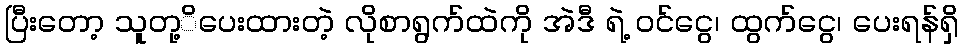
ပြီးတော့ သူတု့ိပေးထားတဲ့ လိုစာရွက်ထဲကို အဲဒီ ရဲ့ ဝင်ငွေ၊ ထွက်ငွေ၊ ပေးရန်ရှိ